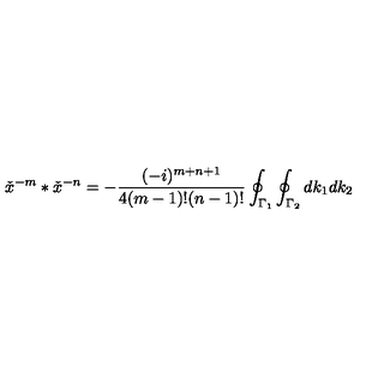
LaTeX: { \check { x } } ^ { - m } \ast { \check { x } } ^ { - n } = - \frac { ( - i ) ^ { m + n + 1 } } { 4 ( m - 1 ) ! ( n - 1 ) ! } \oint _ { { \Gamma } _ { 1 } } \oint _ { { \Gamma } _ { 2 } } d k _ { 1 } d k _ { 2 }